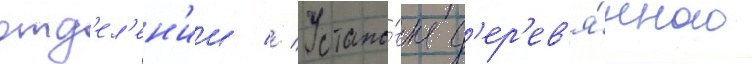
отд'ел'ен'ии // Устано́вка д'ер'ев'я́нного